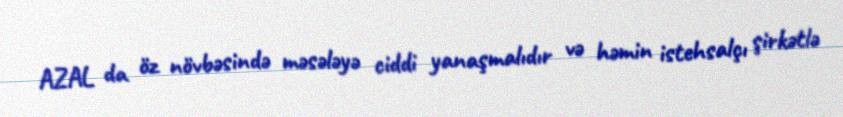
AZAL da öz növbəsində məsələyə ciddi yanaşmalıdır və həmin istehsalçı şirkətlə